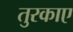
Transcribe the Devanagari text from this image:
तुरकाए